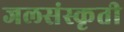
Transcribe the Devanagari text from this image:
जलसंस्कृती